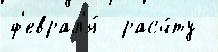
ф'еврал'я́  расч́ту